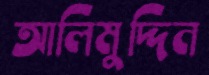
আলিমুদ্দিন